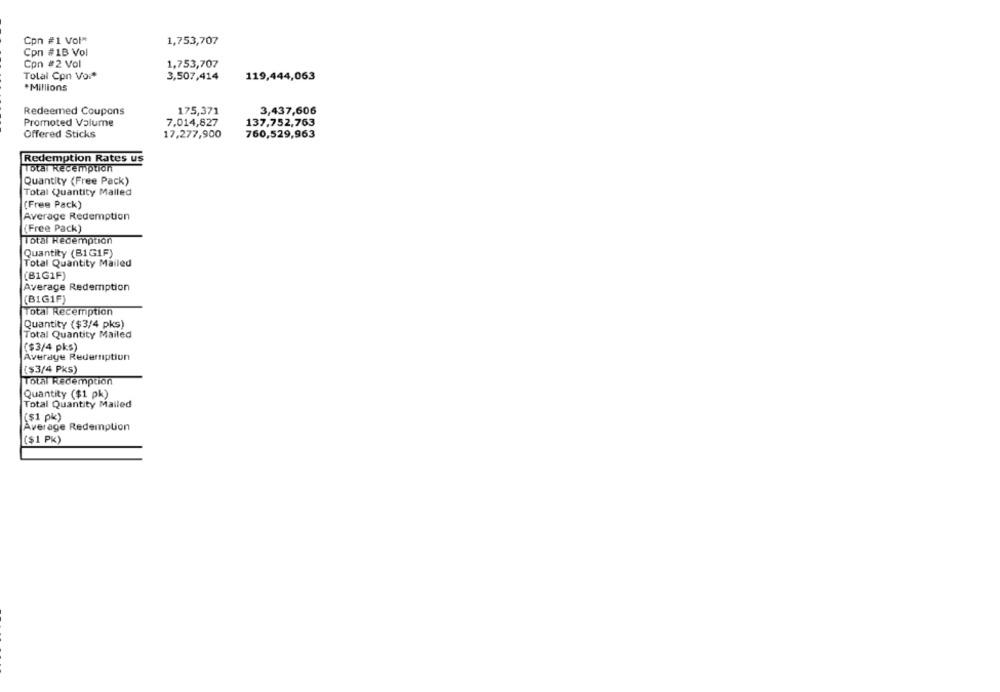
Cpn #1 Vol*
1,753,707
Cpn #1B Vol
Con #2 Vol
1,753,707
Tolal Con Vor*
3,507,414
119,444,063
*Millions
Redeemed Coupons
175,371
3,437,606
Promoted Valume
7,014,827
137,752,763
Offered Sticks
17,277,900
760,529,963
Redemption Rates us
Total Redemption
Quantity (Free Pack)
Total Quantity Mailed
(Free Pack)
Average Redemption
(Free Pack)
Total Redemption
Quantity (B1GIF)
Total Quantity Mailed
(B1G1F)
Average Redemption
(BIG1F)
Total Recemption
Quantity ($3/4 pks)
Total Quantity Mailed
($3/4 pks)
Average Redemption
($3/4 PKS)
Total Redemption
Quantity ($1 pk)
Total Quantity Mailed
($1 pk)
Average Redemption
($1 Pk)